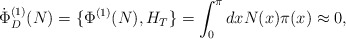
\begin{align*} \dot {\Phi}_D^{(1)}(N) = \{ \Phi^{(1)}(N), H_T \} = \int_0^\pi dx N(x) \pi(x) \approx 0 ,\end{align*}